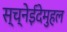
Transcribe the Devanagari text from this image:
स्च्नेईदेमुहल